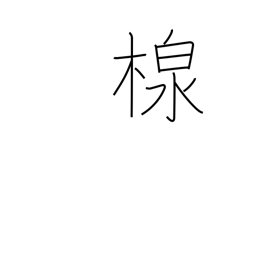
Meaning: container for pouring water